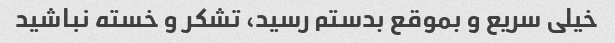
خیلی سریع و بموقع بدستم رسید، تشکر و خسته نباشید